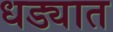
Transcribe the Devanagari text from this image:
धड्यात